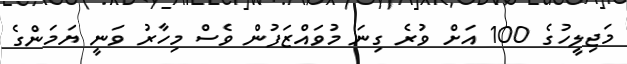
މަޖިލީހުގެ 100 އަށް ވުރެ ގިނަ މުވައްޒަފުން ވެސް މިހާރު ވަނީ ޔަމަންގެ